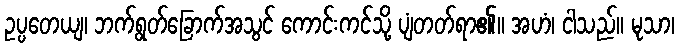
ဥပ္ပတေယျ၊ ဘက်ရွတ်ခြောက်အသွင် ကောင်းကင်သို့ ပျံတတ်ရာ၏။ အဟံ၊ ငါသည်။ မုသာ၊